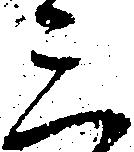
三